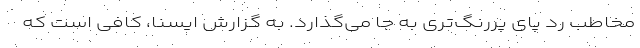
مخاطب رد پای پررنگ‌تری به جا می‌گذارد. به گزارش ایسنا، کافی است که